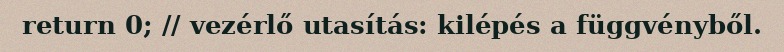
return 0; // vezérlő utasítás: kilépés a függvényből.